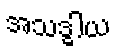
အသဒ္ဓါယ